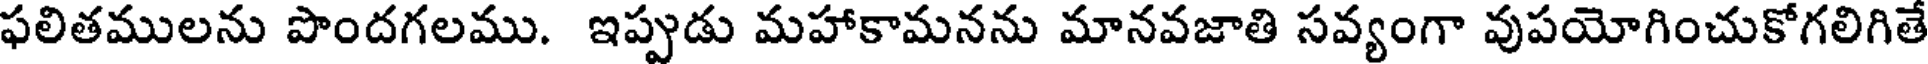
ఫలితములను పొందగలము. ఇప్పుడు మహాకామనను మానవజాతి సవ్యంగా వుపయోగించుకోగలిగితే